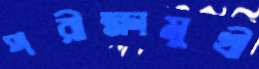
পরীক্ষামুখী